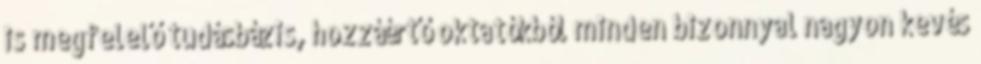
is megfelelő tudásbázis, hozzáértő oktatókból minden bizonnyal nagyon kevés